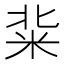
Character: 䉾